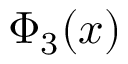
\Phi _ { 3 } ( x )